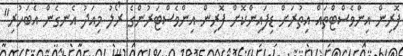
ފޮރިން އިންވެސްޓްތައް އިތުރަށް ޑިފައިންކޮށް ފޮރިން އިންވެސްޓަރުންގެ ރޯލު މިއަދު އެނގެން އެބަހުރި"